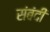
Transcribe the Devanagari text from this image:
संबंदी